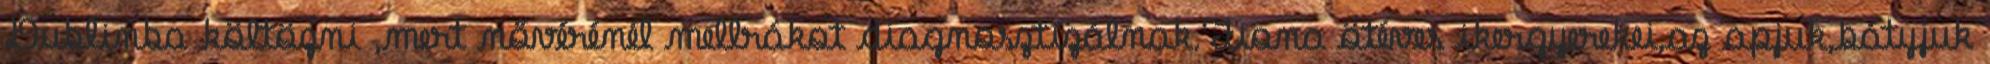
Dublinba költözni ,mert nővérénél mellrákot diagnosztizálnak.Fiona ötéves ikergyerekei,az apjuk,bátyjuk